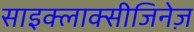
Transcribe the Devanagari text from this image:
साइक्लाक्सीजिनेज़